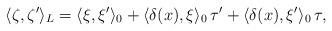
LaTeX: \begin{align*}\langle\zeta,\zeta'\rangle_L=\langle\xi,\xi'\rangle_0+\langle\delta(x),\xi\rangle_0\,\tau' + \langle\delta(x),\xi'\rangle_0\, \tau,\end{align*}